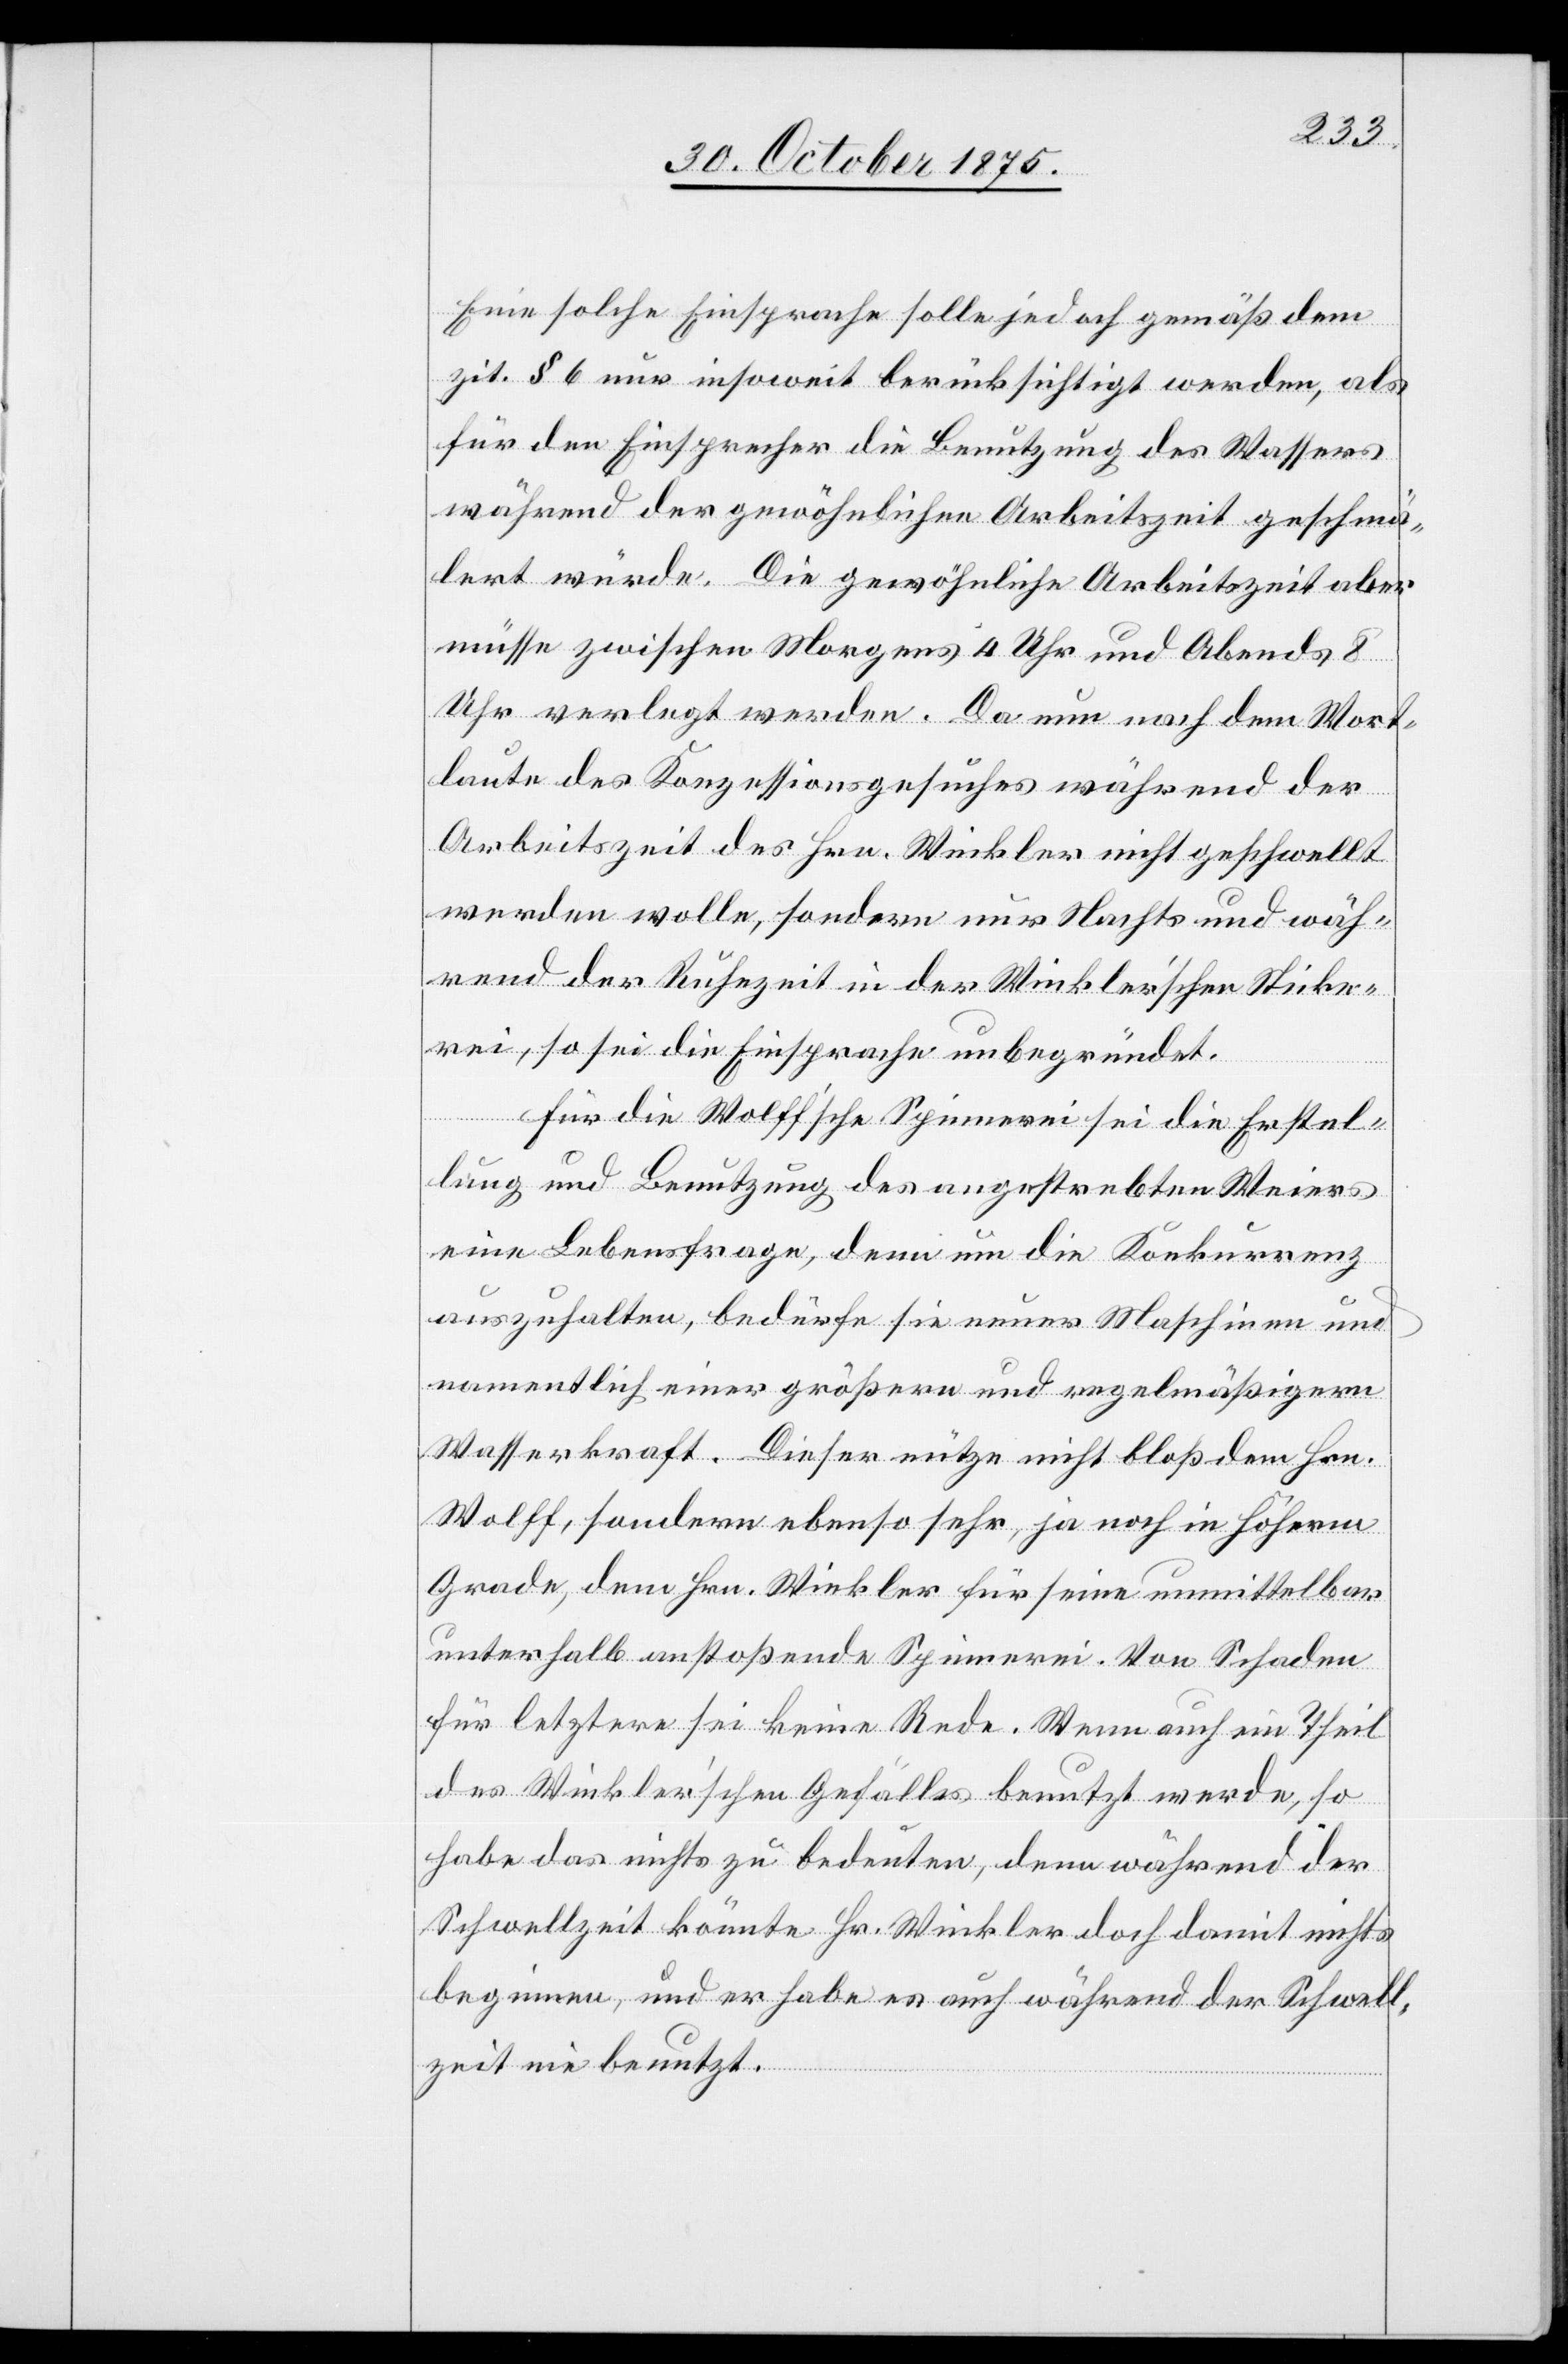
Eine solche Einsprache solle jedoch gemäß dem
zit. § 6 nur insoweit berücksichtigt werden, als
für den Einsprecher die Benutzung des Wassers
während der gewöhnlichen Arbeitszeit geschmä¬
lert würde. Die gewöhnliche Arbeitszeit aber
müsse zwischen Morgens 4 Uhr und Abends 8
Uhr verlegt werden. Da nun nach dem Wort¬
laute des Konzessionsgesuches während der
Arbeitszeit des Hrn. Winkler nicht geschwellt
werden wolle, sondern nur Nachts und wäh¬
rend der Ruhezeit in der Winkler’schen Sticke¬
rei, so sei die Einsprache unbegründet.
Für die Wolff’sche Spinnerei sei die Erstel¬
lung und Benutzung des angestrebten Weiers
eine Lebensfrage, denn um die Konkurrenz
auszuhalten, bedürfe sie neuer Maschinen und
namentlich einer größern und regelmäßigern
Wasserkraft. Dieser nütze nicht bloß dem Hrn.
Wolff, sondern ebenso sehr, ja noch in höherm
Grade, dem Hrn. Winkler für seine unmittelbar
unterhalb anstoßende Spinnerei. Von Schaden
für letztere sei keine Rede. Wenn auch ein Theil
des Winkler’schen Gefälles benutzt werde, so
habe das nichts zu bedeuten, denn während der
Schwellzeit könnte Hr. Winkler doch damit nichts
beginnen, und er habe es auch während der Schwell¬
zeit nie benutzt.